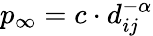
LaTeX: p_{\infty}=c\cdot d_{ij}^{-\alpha}